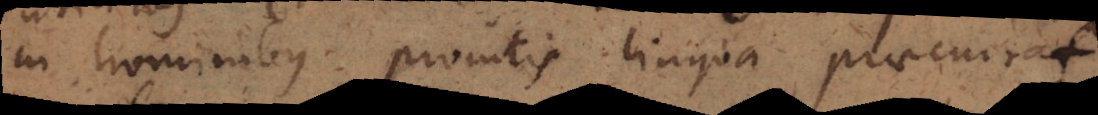
in hominibus promtis lingua praecurrat